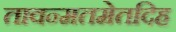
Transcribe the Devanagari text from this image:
तावन्मतमेतदिह